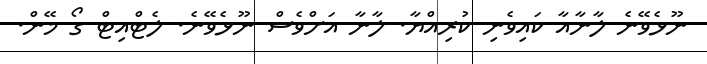
ނޫޅެވޭނެ ލާނާއާ ކައިވެނި ކުރިއްޔާ. ލާނާ އަށްވެސް ނޫޅެވޭނެ. ލެޓްއިޓް ގޯ މޭން.